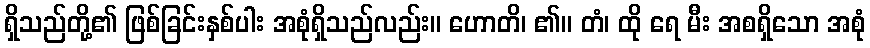
ရှိသည်တို့၏ ဖြစ်ခြင်းနှစ်ပါး အစုံရှိသည်လည်း။ ဟောတိ၊ ၏။ တံ၊ ထို ရေ မီး အစရှိသော အစုံ